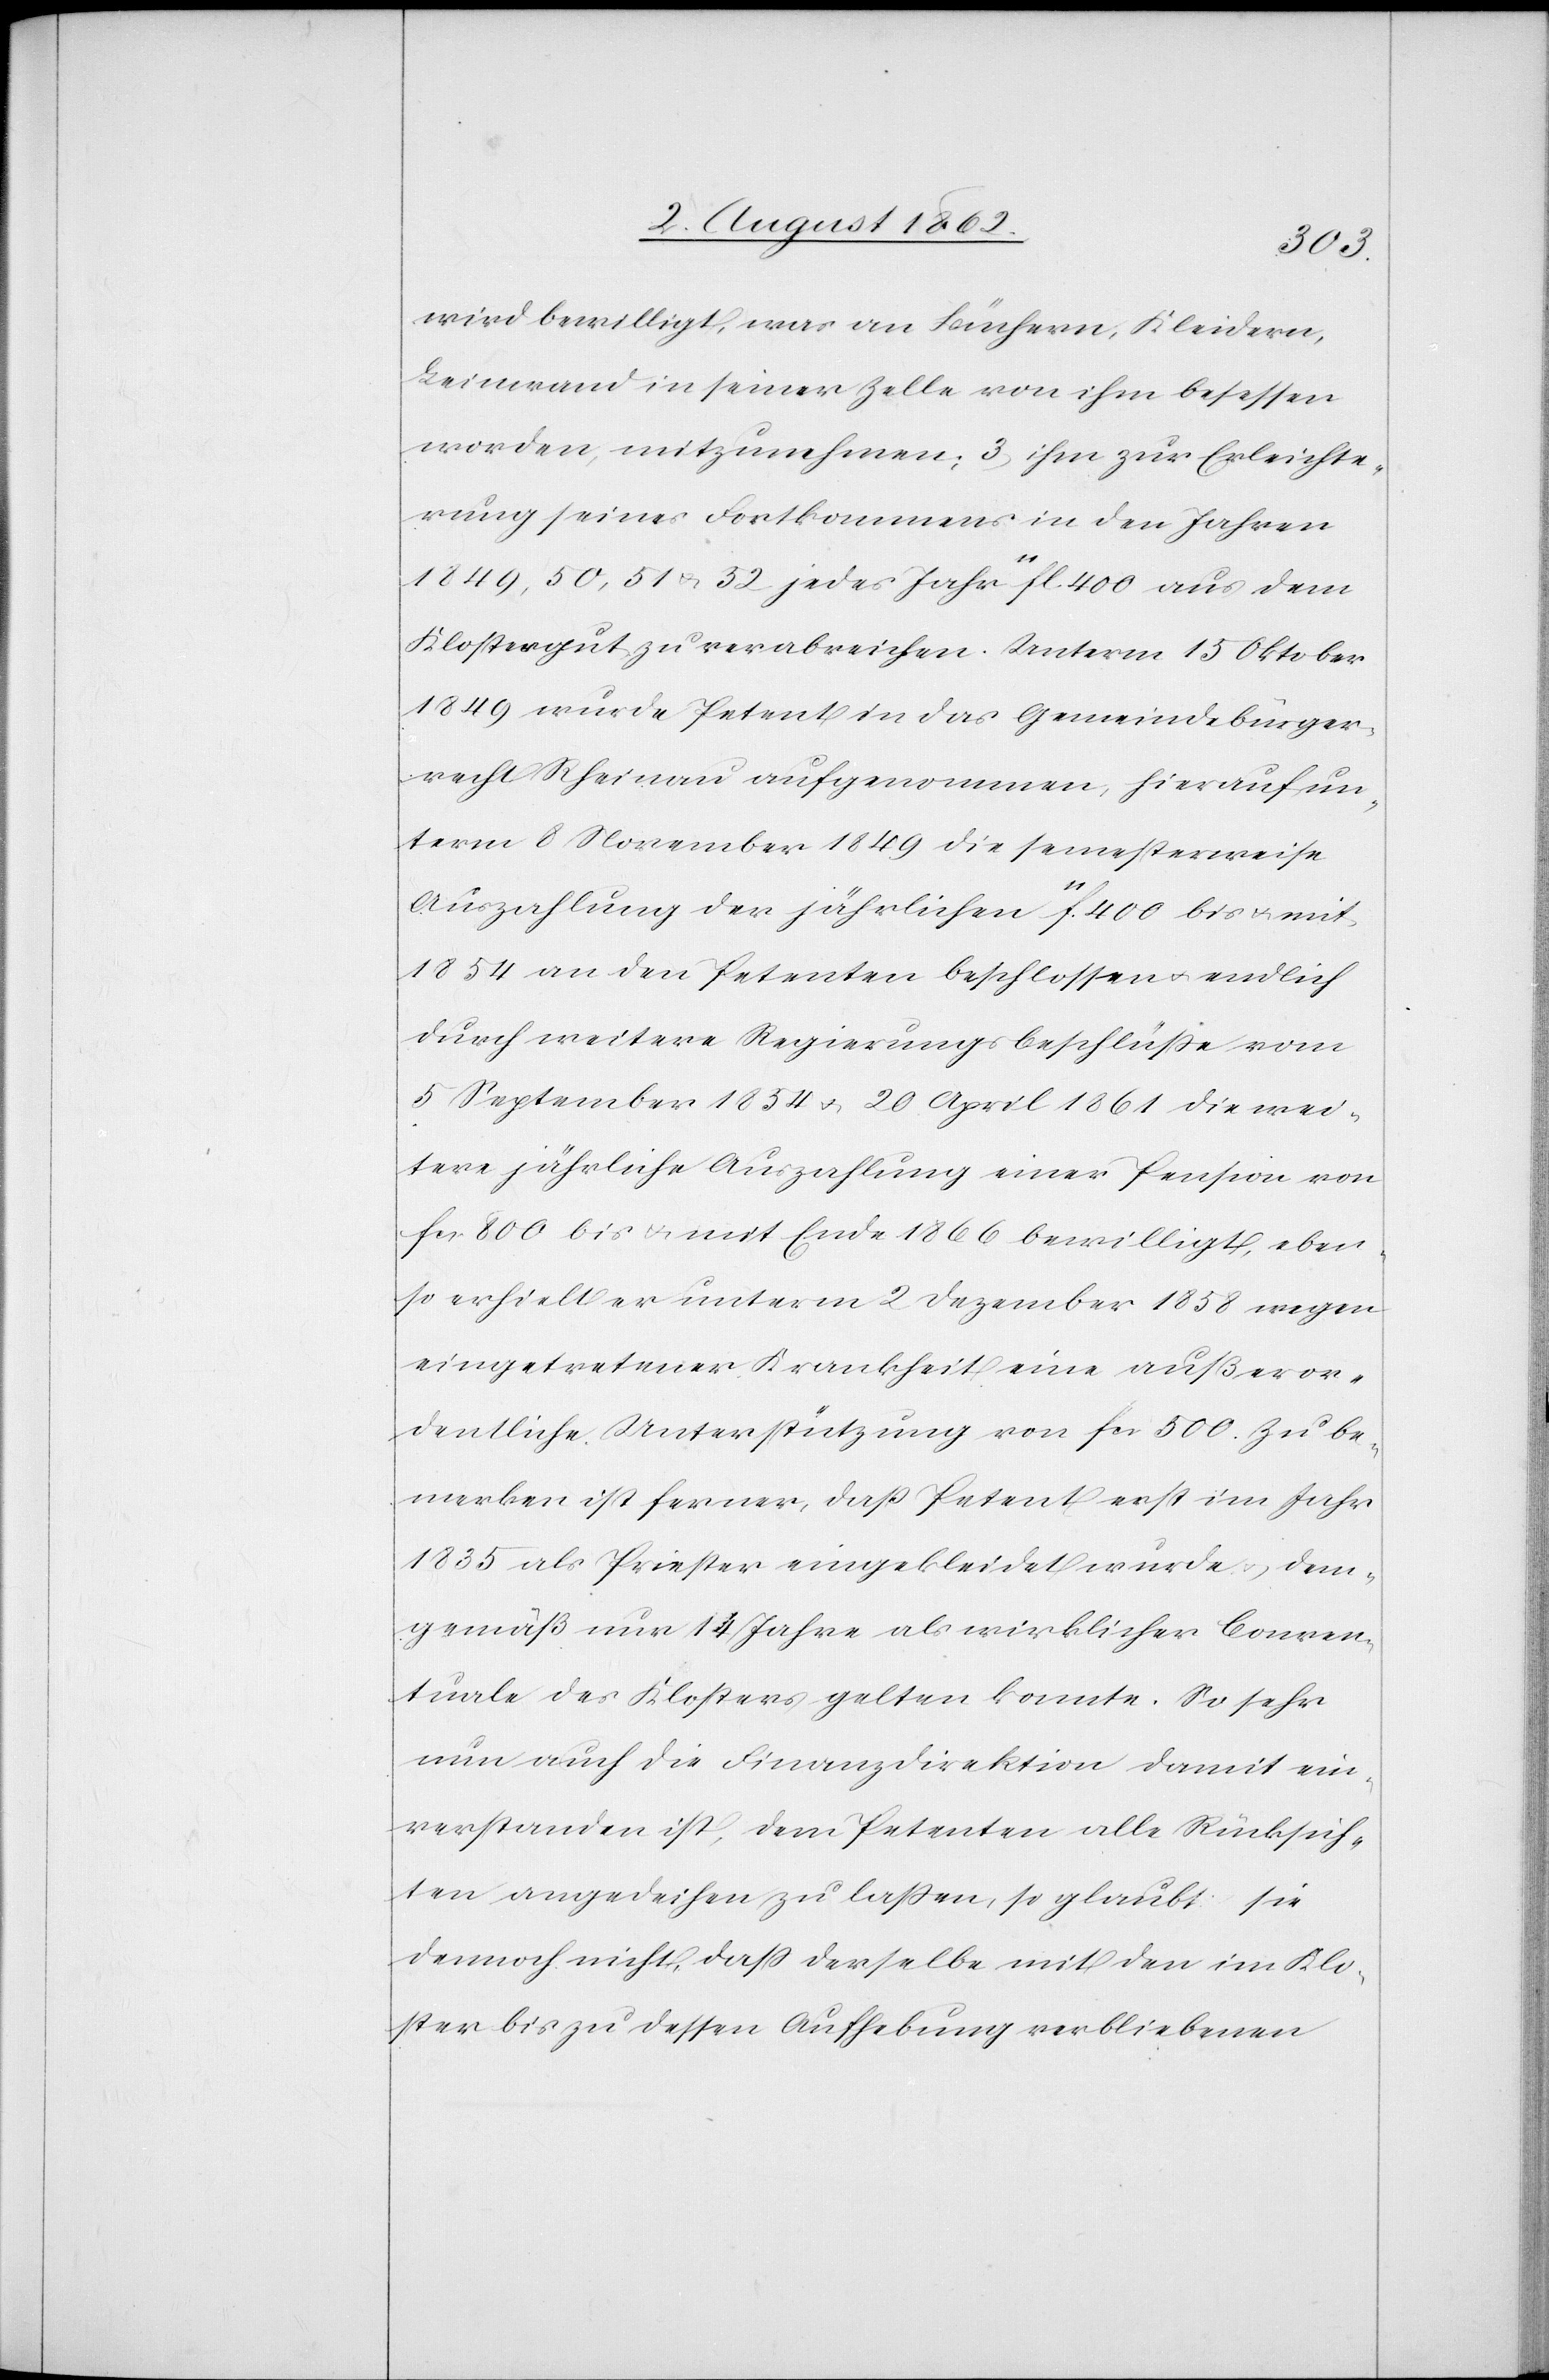
wird bewilligt, was an Büchern, Kleidern,
Leinwand in seiner Zelle von ihm besessen
worden, mitzunehmen; 3. ihm zur Erleichte¬
rung seines Fortkommens in den Jahren
1849, 50, 51 u. 52 jedes Jahr 11fl. 400 aus dem
Klostergut zu verabreichen. Unterm 15. Oktober
1849 wurde Petent in das Gemeindebürger¬
recht Rheinau aufgenommen, hierauf un¬
term 8. November 1849 die semesterweise
Auszahlung der jährlichen 11fl. 400 bis u. mit
1854 an den Petenten beschlossen u. endlich
durch weitere Regierungsbeschlusse vom
5. September 1854 u. 20. April 1861 die wei¬
tere jährliche Auszahlung einer Pension von
fcs. 800 bis u. mit Ende 1866 bewilligt, eben¬
so erhielt er unterm 2. Dezember 1858 wegen
eingetretener Krankheit eine außeror¬
dentliche Unterstützung von fcs. 500. Zu be¬
merken ist ferner, daß Petent erst im Jahr
1835 als Priester eingekleidet wurde, dem¬
gemäß nur 14 Jahre als wirklicher Conven¬
tuale des Klosters gelten konnte. So sehr
nun auch die Finanzdirektion damit ein¬
verstanden ist, dem Petent alle Rücksich¬
ten angedeihen zu lassen, so glaubt sie
dennoch nicht, daß derselbe mit den im Klo¬
ster bis zu dessen Aufhebung verbliebenen